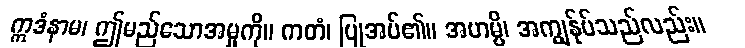
ဣဒံနာမ၊ ဤမည်သောအမှုကို။ ကတံ၊ ပြုအပ်၏။ အဟမ္ပိ၊ အကျွန်ုပ်သည်လည်း။